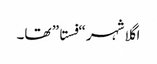
اگلا شہر “فستا” تھا۔